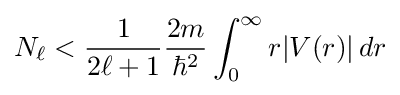
N_{\ell }<{\frac {1}{2\ell +1}}{\frac {2m}{\hbar ^{2}}}\int _{0}^{\infty }r|V(r)|\,dr